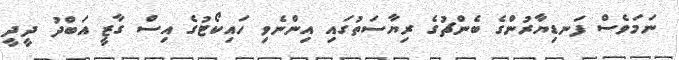
ނަމަވެސް ފަނޑިޔާރުންގެ ބެންޗުގެ ރިޔާސަތުގައި އިންނެވި ހައިކޯޓުގެ އިސް ގާޒީ އަބްދު ދީދީ